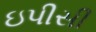
ઇપીસી